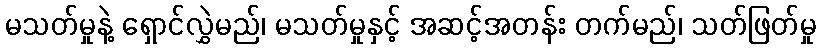
မသတ်မှုနဲ့ ရှောင်လွှဲမည်၊ မသတ်မှုနှင့် အဆင့်အတန်း တက်မည်၊ သတ်ဖြတ်မှု